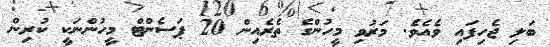
ބަލި ޖެހިފައި ވެއެވެ. މަރުވި މީހުންގެ ތެރެއިން 20 ޕަސެންޓް މީހުންނަކީ ކުރިން